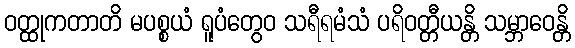
ဝတ္ထုကတာတိ မပစ္စယံ ရူပံတွေဝ သရီရမံသံ ပရိဝတ္တီယန္တိ သမ္ဘာဝေန္တိ